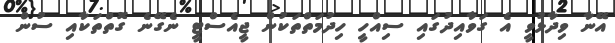
އޭނާ ވިދާޅުވީ އެ ގަވާއިދުގައި ސިއްހީ ހިދުމަތްތަކުން ޖީއެސްޓީ ނެގޭނެ ގޮތްތަކާއި ސުން